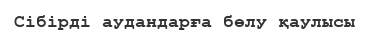
Сібірді аудандарға бөлу қаулысы